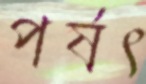
পর্ষৎ